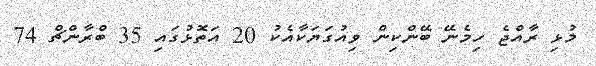
މުޅި ރާއްޖެ ހިމެނޭ ބޭންކިން ވިއުގަޔަކާއެކު 20 އަތޮޅުގައި 35 ބްރާންޗް 74